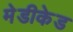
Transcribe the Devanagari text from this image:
मेडीकेड